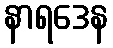
နာရဒေန